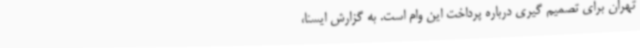
تهران برای تصمیم گیری درباره پرداخت این وام است. به گزارش ایسنا،